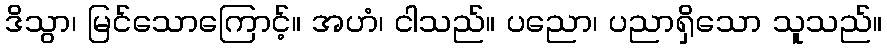
ဒိသွာ၊ မြင်သောကြောင့်။ အဟံ၊ ငါသည်။ ပညော၊ ပညာရှိသော သူသည်။